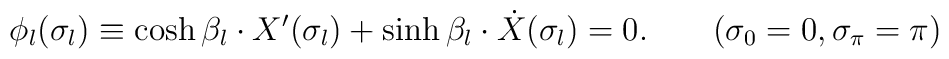
\phi _l(\sigma _l) \equiv \cosh \beta_l \cdot X'(\sigma _l) + \sinh \beta_l \cdot \dot{X} (\sigma _l) = 0. \qquad (\sigma_0=0, \sigma_\pi=\pi )